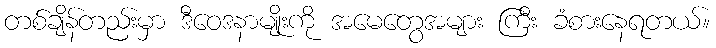
တစ်ချိန်တည်းမှာ ဒီဝေဒနာမျိုးကို အမေတွေအများ ကြီး ခံစားနေရတယ်။